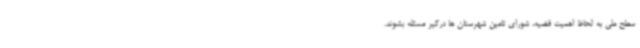
سطح ملی به لحاظ اهمیت قضیه، شورای تامین شهرستان ها درگیر مسئله بشوند.